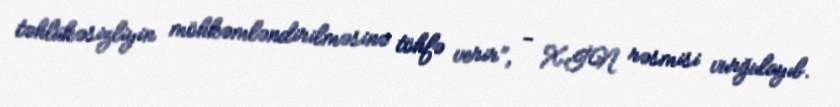
təhlükəsizliyin möhkəmləndirilməsinə töhfə verir”, - XİN rəsmisi vurğulayıb.